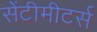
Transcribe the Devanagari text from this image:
सेंटीमीटर्स